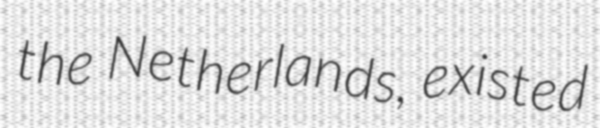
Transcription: the Netherlands, existed